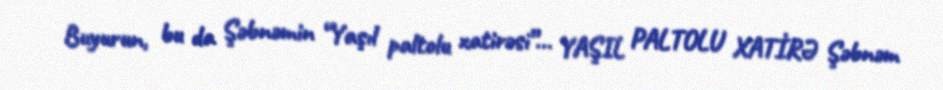
Buyurun, bu da Şəbnəmin “Yaşıl paltolu xatirəsi”… YAŞIL PALTOLU XATİRƏ Şəbnəm